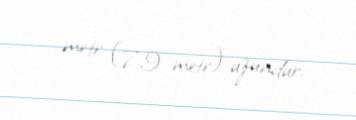
metr (7,9 metr) uzundur.